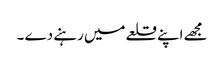
مجھے اپنے قلعے میں رہنے دے ۔